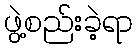
ဖွဲ့စည်းခဲ့ရာ